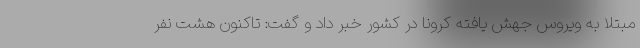
مبتلا به ویروس جهش یافته کرونا در کشور خبر داد و گفت: تاکنون هشت نفر